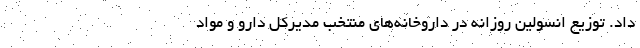
داد. توزیع انسولین روزانه در داروخانه‌های منتخب مدیرکل دارو و مواد